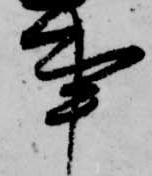
事